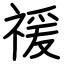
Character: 禐